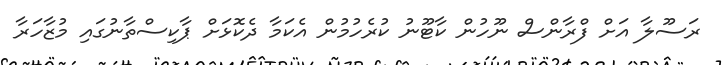
ރަސޫލާ އަށް ފްރާންސް ނޫހުން ކާޓޫނު ކުރެހުމުން އެކަމާ ދެކޮޅަށް ޕާކިސްތާނުގައި މުޒާހަރާ